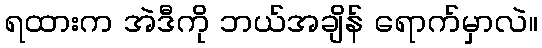
ရထားက အဲဒီကို ဘယ်အချိန် ရောက်မှာလဲ။